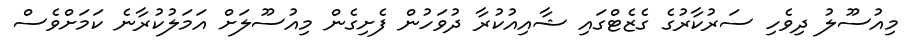
މިއުސޫލު ދިވެހި ސަރުކާރުގެ ގެޒެޓްގައި ޝާއިއުކުރާ ދުވަހުން ފެށިގެން މިއުސޫލަށް އަމަލުކުރާނެ ކަމަށްވެސް